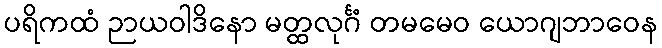
ပရိကထံ ဉာယဝါဒိနော မတ္ထလုင်္ဂံ တမမေဝ ယောဂျဘာဝေန